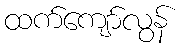
ထက်ကျော်လွန်